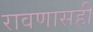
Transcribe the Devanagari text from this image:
रावणासही